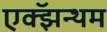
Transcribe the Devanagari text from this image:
एक्झॅन्थम